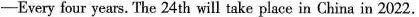
-Every four years.The 24th will take place in China in 2022